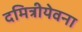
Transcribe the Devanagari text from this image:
दमित्रीयेवना